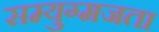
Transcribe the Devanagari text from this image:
सम्युग्मजता